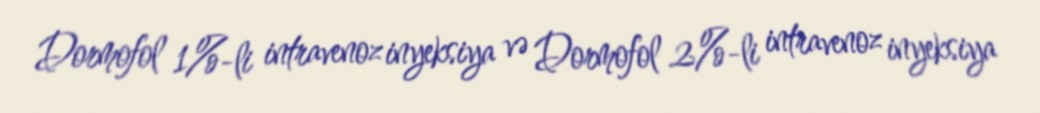
Dormofol 1%-li intravenoz inyeksiya və Dormofol 2%-li intravenoz inyeksiya